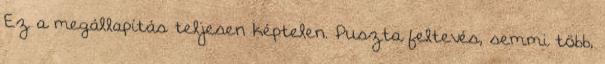
Ez a megállapítás teljesen képtelen. Puszta feltevés, semmi több,